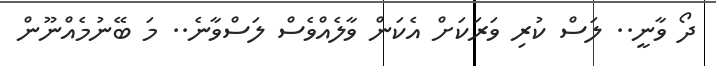
ދޯ ވާނީ.. ލަސް ކުރި ވަރަކަށް އެކަން ވާލެއްވެސް ލަސްވާނެ.. މަ ބޭނުމެއްނޫން